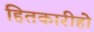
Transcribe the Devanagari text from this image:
हितकारीहो